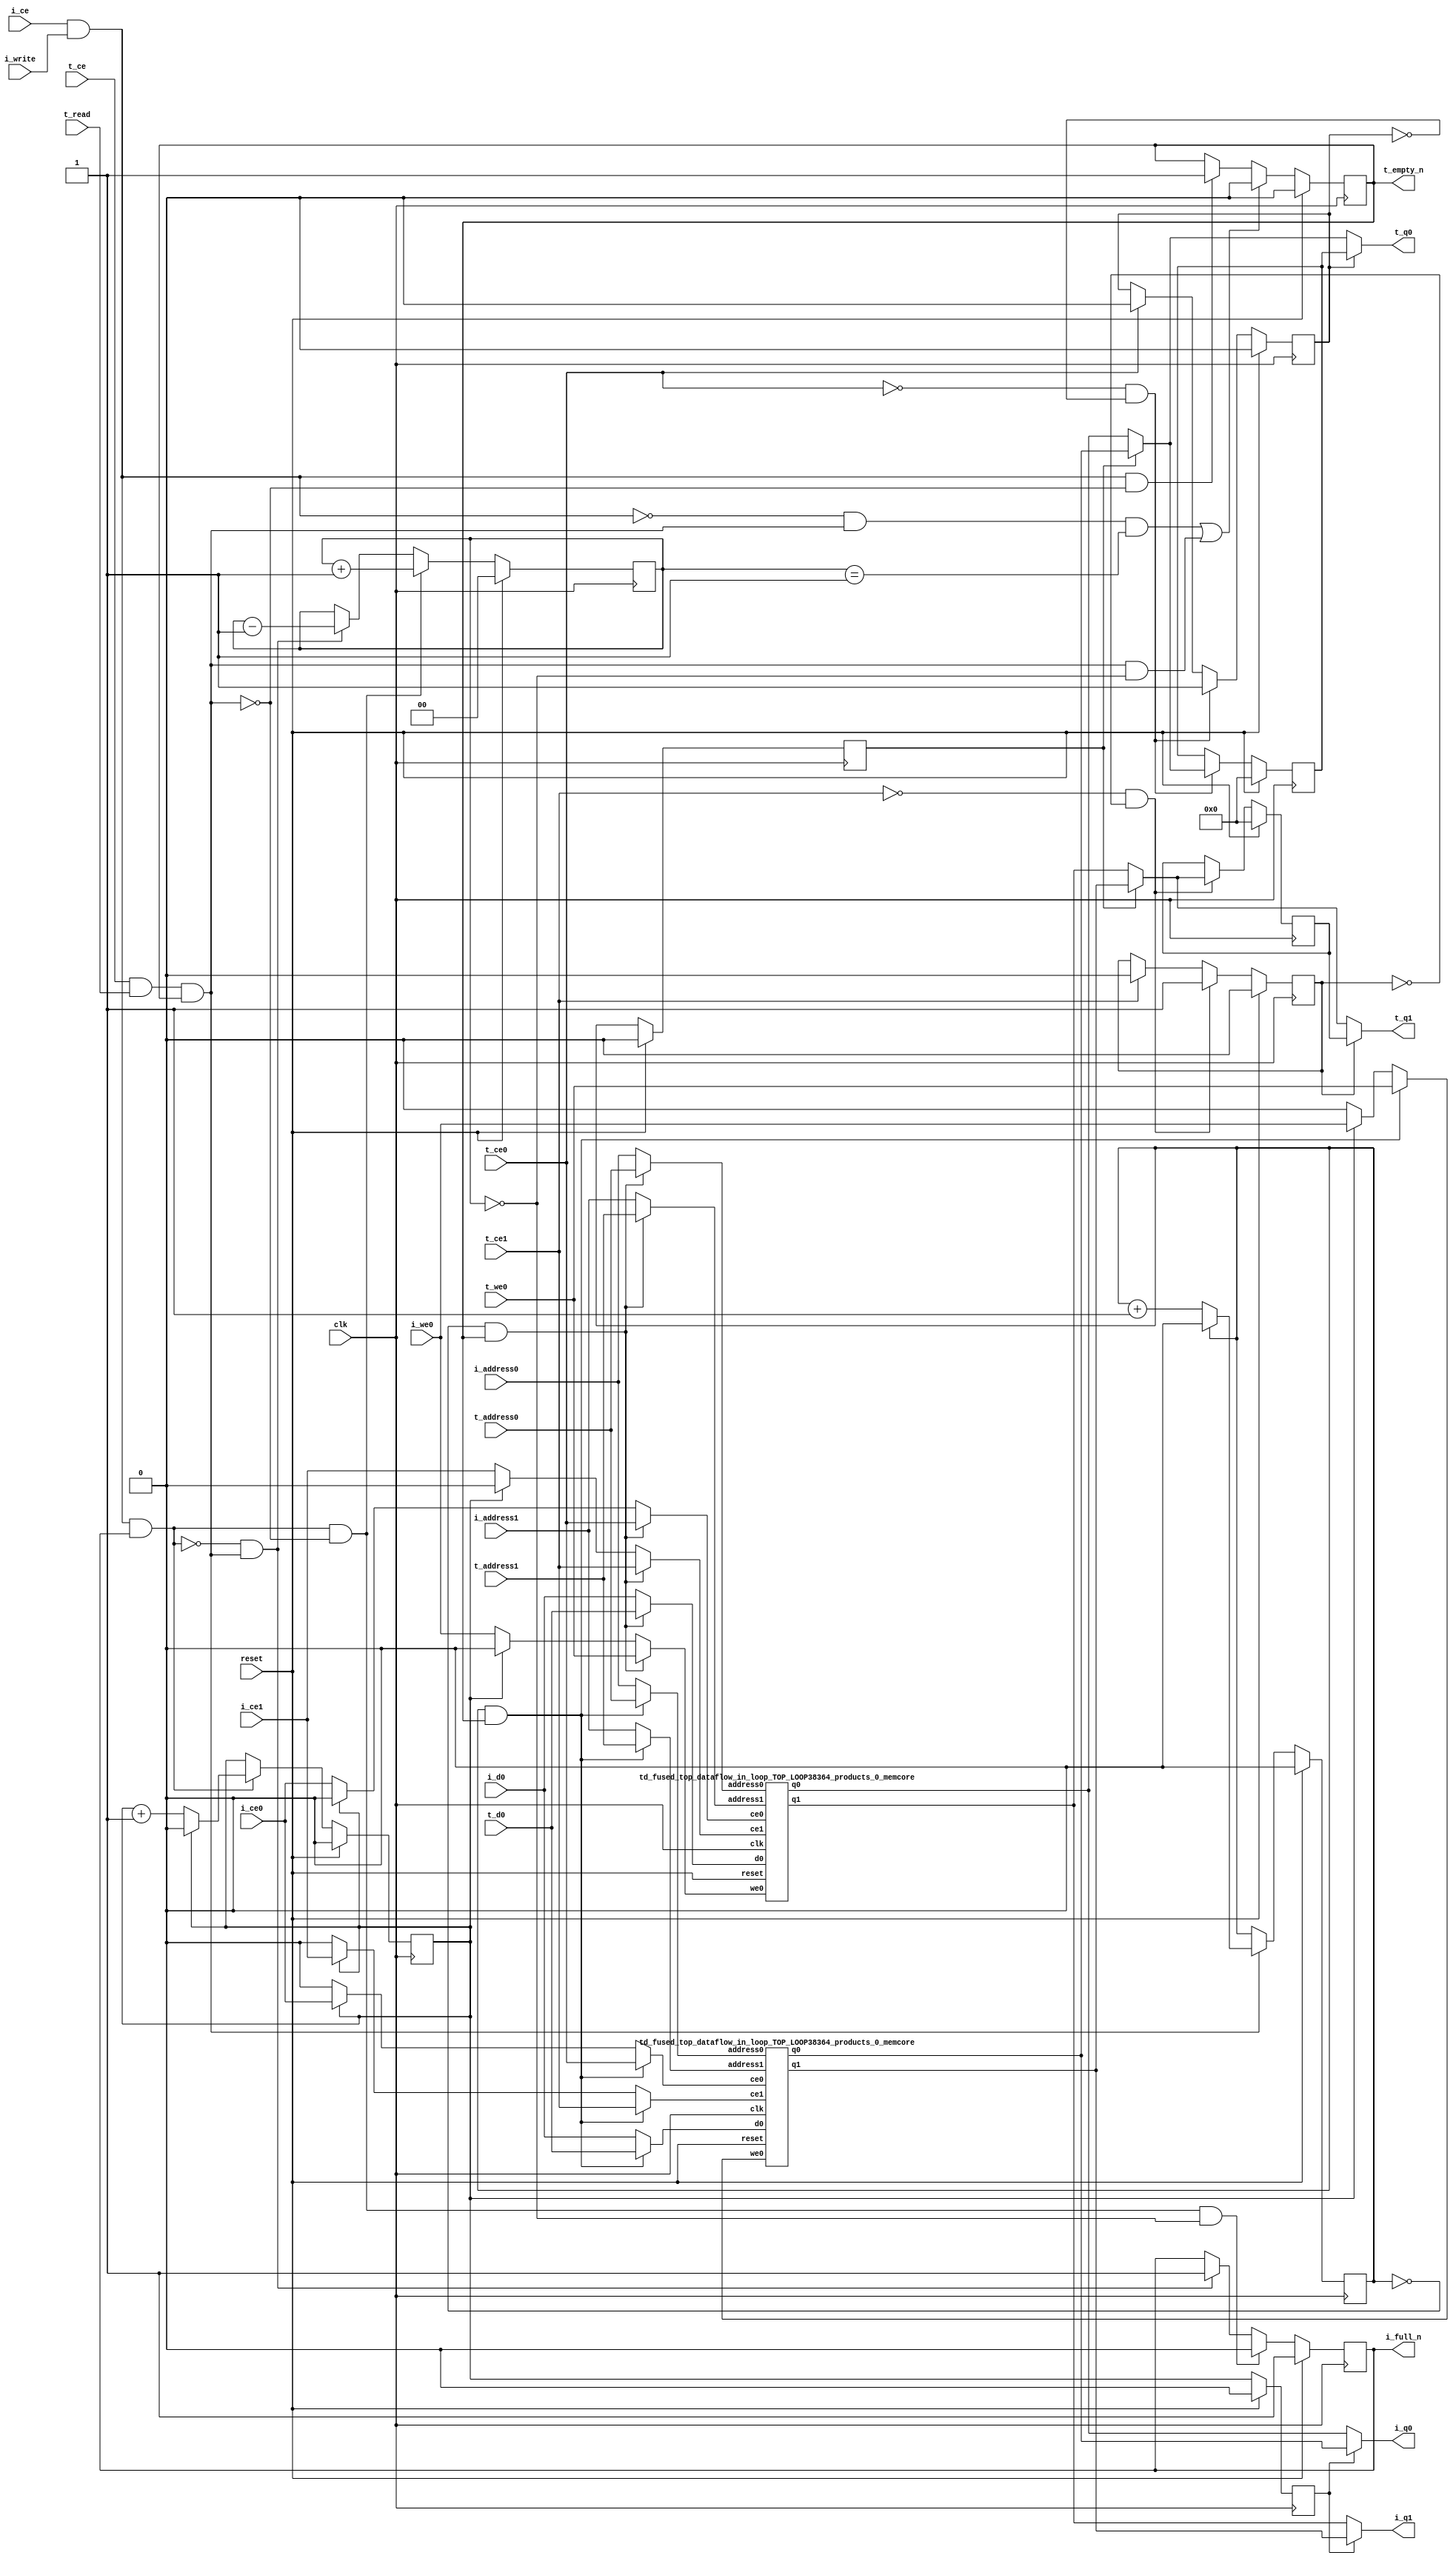
`define EXPONENT 5
`define MANTISSA 10
`define ACTUAL_MANTISSA 11
`define EXPONENT_LSB 10
`define EXPONENT_MSB 14
`define MANTISSA_LSB 0
`define MANTISSA_MSB 9
`define MANTISSA_MUL_SPLIT_LSB 3
`define MANTISSA_MUL_SPLIT_MSB 9
`define SIGN 1
`define SIGN_LOC 15
`define DWIDTH (`SIGN+`EXPONENT+`MANTISSA)
`define IEEE_COMPLIANCE 1

module td_fused_top_dataflow_in_loop_TOP_LOOP38364_products_0
#(parameter
    DataWidth    = 16,
    AddressRange = 32,
    AddressWidth = 10,
    BufferCount  = 2,
    MemLatency   = 1,
    IndexWidth   = 1
) (
    // system signals
    input  wire                    clk,
    input  wire                    reset,
    // initiator
    input  wire                    i_ce,
    input  wire                    i_write,
    output wire                    i_full_n,
    input  wire                    i_ce0,
    input  wire                    i_we0,
    input  wire [AddressWidth-1:0] i_address0,
    input  wire [DataWidth-1:0]    i_d0,
    output wire [DataWidth-1:0]    i_q0,
    input  wire                    i_ce1,
    input  wire [AddressWidth-1:0] i_address1,
    output wire [DataWidth-1:0]    i_q1,
    // target
    input  wire                    t_ce,
    input  wire                    t_read,
    output wire                    t_empty_n,
    input  wire                    t_ce0,
    input  wire                    t_we0,
    input  wire [AddressWidth-1:0] t_address0,
    input  wire [DataWidth-1:0]    t_d0,
    output wire [DataWidth-1:0]    t_q0,
    input  wire                    t_ce1,
    input  wire [AddressWidth-1:0] t_address1,
    output wire [DataWidth-1:0]    t_q1
);
//------------------------Local signal-------------------
// control/status
reg  [IndexWidth-1:0]   iptr    = 1'b0; // initiator index
reg  [IndexWidth-1:0]   tptr    = 1'b0; // target index
reg  [IndexWidth-1:0]   prev_iptr    = 1'b0; // previous initiator index
reg  [IndexWidth-1:0]   prev_tptr    = 1'b0; // previous target index
reg  [DataWidth-1:0]    reg_q0      = 1'b0; // buffer used if reader is stalled
reg                     reg_valid0    = 1'b0; // buffer has valid data
reg  [DataWidth-1:0]    reg_q1      = 1'b0; // buffer used if reader is stalled
reg                     reg_valid1    = 1'b0; // buffer has valid data
reg  [IndexWidth:0]     count   = 1'b0; // count of written buffers
reg                     full_n  = 1'b1; // whether all buffers are written
reg                     empty_n = 1'b0; // whether none of the buffers is written
wire                    push_buf;       // finish writing a buffer
wire                    write_buf;      // write a buffer
wire                    pop_buf;        // finish reading a buffer
// buffer signals
wire [BufferCount-1:0] buf_ce0;
wire [BufferCount-1:0] buf_we0;
wire [AddressWidth-1:0] buf_a0_0, buf_a0_1;
wire [DataWidth-1:0] buf_d0_0, buf_d0_1;
wire [DataWidth-1:0] buf_q0_0, buf_q0_1;
wire [BufferCount-1:0] buf_ce1;
wire [AddressWidth-1:0] buf_a1_0, buf_a1_1;
wire [DataWidth-1:0] buf_q1_0, buf_q1_1;
//------------------------Instantiation------------------
//genvar i;
        td_fused_top_dataflow_in_loop_TOP_LOOP38364_products_0_memcore td_fused_top_dataflow_in_loop_TOP_LOOP38364_products_0_memcore_U_0 (
            .reset    ( reset ),
            .clk      ( clk ),
            .address0 ( buf_a0_0 ),
            .ce0      ( buf_ce0[ 0 ] ),
            .we0      ( buf_we0[ 0 ] ),
            .d0       ( buf_d0_0 ),
            .q0       ( buf_q0_0 ),
            .address1 ( buf_a1_0 ),
            .ce1      ( buf_ce1[ 0 ] ),
            .q1       ( buf_q1_0 )
        );
        td_fused_top_dataflow_in_loop_TOP_LOOP38364_products_0_memcore td_fused_top_dataflow_in_loop_TOP_LOOP38364_products_0_memcore_U_1 (
            .reset    ( reset ),
            .clk      ( clk ),
            .address0 ( buf_a0_1 ),
            .ce0      ( buf_ce0[ 1 ] ),
            .we0      ( buf_we0[ 1 ] ),
            .d0       ( buf_d0_1 ),
            .q0       ( buf_q0_1 ),
            .address1 ( buf_a1_1 ),
            .ce1      ( buf_ce1[ 1 ] ),
            .q1       ( buf_q1_1 )
        );

//++++++++++++++++++++++++buffer signals+++++++++++++++++
        assign buf_ce0[ 0 ] = (tptr ==  0  && empty_n) ? t_ce0
                             : (iptr ==  0 ) ? i_ce0 : 1'b0;
        assign buf_a0_0  = (tptr ==  0  && empty_n) ?  t_address0 : i_address0;
        assign buf_we0[ 0 ] = (tptr ==  0  && empty_n)  ? t_we0
                             : (iptr ==  0 ) ? i_we0 : 1'b0;
        assign buf_d0_0  = (tptr ==  0  && empty_n) ? t_d0       : i_d0;
        assign buf_ce1[ 0 ] = (tptr ==  0  && empty_n) ? t_ce1
                             : (iptr ==  0 ) ? i_ce1 : 1'b0;
        assign buf_a1_0  = (tptr ==  0  && empty_n) ?  t_address1 : i_address1;
        assign buf_ce0[ 1 ] = (tptr ==  1  && empty_n) ? t_ce0
                             : (iptr ==  1 ) ? i_ce0 : 1'b0;
        assign buf_a0_1  = (tptr ==  1  && empty_n) ?  t_address0 : i_address0;
        assign buf_we0[ 1 ] = (tptr ==  1  && empty_n)  ? t_we0
                             : (iptr ==  1 ) ? i_we0 : 1'b0;
        assign buf_d0_1  = (tptr ==  1  && empty_n) ? t_d0       : i_d0;
        assign buf_ce1[ 1 ] = (tptr ==  1  && empty_n) ? t_ce1
                             : (iptr ==  1 ) ? i_ce1 : 1'b0;
        assign buf_a1_1  = (tptr ==  1  && empty_n) ?  t_address1 : i_address1;
//+++++++++++++++++++++++++++++++++++++++++++++++++++++++

//------------------------Body---------------------------
assign i_q0      = (prev_iptr == 1'b1 ? buf_q0_1 : buf_q0_0);
assign t_q0      = reg_valid0 ? reg_q0 : (prev_tptr == 1'b1 ? buf_q0_1 : buf_q0_0);
assign i_q1      = (prev_iptr == 1'b1 ? buf_q1_1 : buf_q1_0);
assign t_q1      = reg_valid1 ? reg_q1 : (prev_tptr == 1'b1 ? buf_q1_1 : buf_q1_0);

//++++++++++++++++++++++++output+++++++++++++++++++++++++
assign i_full_n  = full_n;
assign t_empty_n = empty_n;
//+++++++++++++++++++++++++++++++++++++++++++++++++++++++

//++++++++++++++++++++++++control/status+++++++++++++++++
assign push_buf = i_ce & i_write & full_n;
assign write_buf = i_ce & i_write;
assign pop_buf  = t_ce & t_read & empty_n;

// iptr
always @(posedge clk) begin
    if (reset == 1'b1)
        iptr <= 1'b0;
    else if (push_buf) begin
        if (iptr == BufferCount - 1'b1)
            iptr <= 1'b0;
        else
            iptr <= iptr + 1'b1;
    end
end

// tptr
always @(posedge clk) begin
    if (reset == 1'b1)
        tptr <= 1'b0;
    else if (pop_buf) begin
        if (tptr == BufferCount - 1'b1)
            tptr <= 1'b0;
        else
            tptr <= tptr + 1'b1;
    end
end

// prev_iptr
always @(posedge clk) begin
    if (reset == 1'b1)
        prev_iptr <= 1'b0;
    else begin
        prev_iptr <= iptr;
    end
end

// prev_tptr
always @(posedge clk) begin
    if (reset == 1'b1)
        prev_tptr <= 1'b0;
    else begin
        prev_tptr <= tptr;
    end
end

// reg_q0 and reg_valid0
always @(posedge clk) begin
    if (reset == 1'b1) begin
        reg_q0     <= 1'b0;
        reg_valid0 <= 1'b0;
    end else if (!t_ce0 && !reg_valid0) begin
        reg_q0     <= (prev_tptr == 1'b1 ? buf_q0_1 : buf_q0_0);
        reg_valid0 <= 1'b1;
    end else if (t_ce0) begin
        reg_valid0 <= 1'b0;
    end
end

// reg_q1 and reg_valid1
always @(posedge clk) begin
    if (reset == 1'b1) begin
        reg_q1     <= 1'b0;
        reg_valid1 <= 1'b0;
    end else if (!t_ce1 && !reg_valid1) begin
        reg_q1     <= (prev_tptr == 1'b1 ? buf_q1_1 : buf_q1_0);
        reg_valid1 <= 1'b1;
    end else if (t_ce1) begin
        reg_valid1 <= 1'b0;
    end
end

// count
always @(posedge clk) begin
    if (reset == 1'b1)
        count <= 1'b0;
    else if (push_buf && !pop_buf)
        count <= count + 1'b1;
    else if (!push_buf && pop_buf)
        count <= count - 1'b1;
end

// full_n
always @(posedge clk) begin
    if (reset == 1'b1)
        full_n <= 1'b1;
    else if (push_buf && !pop_buf && count == BufferCount - 2'd2)
        full_n <= 1'b0;
    else if (!push_buf && pop_buf)
        full_n <= 1'b1;
end

// empty_n
always @(posedge clk) begin
    if (reset == 1'b1)
        empty_n <= 1'b0;
    else if ((!write_buf && pop_buf && count == 1'b1)
             || (pop_buf && count == 1'b0))
        empty_n <= 1'b0;
    else if (write_buf && !pop_buf)
        empty_n <= 1'b1;
end
//+++++++++++++++++++++++++++++++++++++++++++++++++++++++

endmodule
module td_fused_top_dataflow_in_loop_TOP_LOOP38364_products_0_memcore(
    reset,
    clk,
    address0,
    ce0,
    we0,
    d0,
    q0,
    address1,
    ce1,
    q1);

parameter DataWidth = 32'd16;
parameter AddressRange = 32'd576;
parameter AddressWidth = 32'd10;
input reset;
input clk;
input[AddressWidth - 1:0] address0;
input ce0;
input we0;
input[DataWidth - 1:0] d0;
output[DataWidth - 1:0] q0;
input[AddressWidth - 1:0] address1;
input ce1;
output[DataWidth - 1:0] q1;



td_fused_top_dataflow_in_loop_TOP_LOOP38364_products_0_memcore_ram td_fused_top_dataflow_in_loop_TOP_LOOP38364_products_0_memcore_ram_U(
    .clk( clk ),
    .addr0( address0 ),
    .ce0( ce0 ),
    .we0( we0 ),
    .d0( d0 ),
    .q0( q0 ),
    .addr1( address1 ),
    .ce1( ce1 ),
    .q1( q1 )
);

endmodule
module td_fused_top_dataflow_in_loop_TOP_LOOP38364_products_0_memcore_ram (addr0, ce0, d0, we0, q0, addr1, ce1, q1,  clk);

parameter DWIDTH = 16;
parameter AWIDTH = 10;
parameter MEM_SIZE = 576;

input[AWIDTH-1:0] addr0;
input ce0;
input[DWIDTH-1:0] d0;
input we0;
output reg[DWIDTH-1:0] q0;
input[AWIDTH-1:0] addr1;
input ce1;
output reg[DWIDTH-1:0] q1;
input clk;

reg [DWIDTH-1:0] ram[MEM_SIZE-1:0];




always @(posedge clk)  
begin 
    if (ce0) begin
        if (we0) 
            ram[addr0] <= d0; 
        q0 <= ram[addr0];
    end
end


always @(posedge clk)  
begin 
    if (ce1) begin
        q1 <= ram[addr1];
    end
end


endmodule